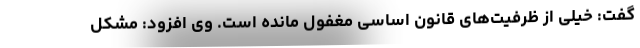
گفت: خیلی از ظرفیت‌های قانون اساسی مغفول مانده است. وی افزود: مشکل